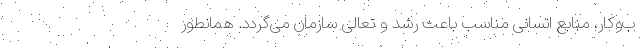
ب‌وکار، منابع انسانی مناسب باعث رشد و تعالی سازمان می‌گردد. همانطور